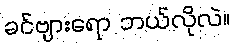
ခင်ဗျားရော ဘယ်လိုလဲ။